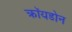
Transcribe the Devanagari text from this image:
क्रॉयडोन